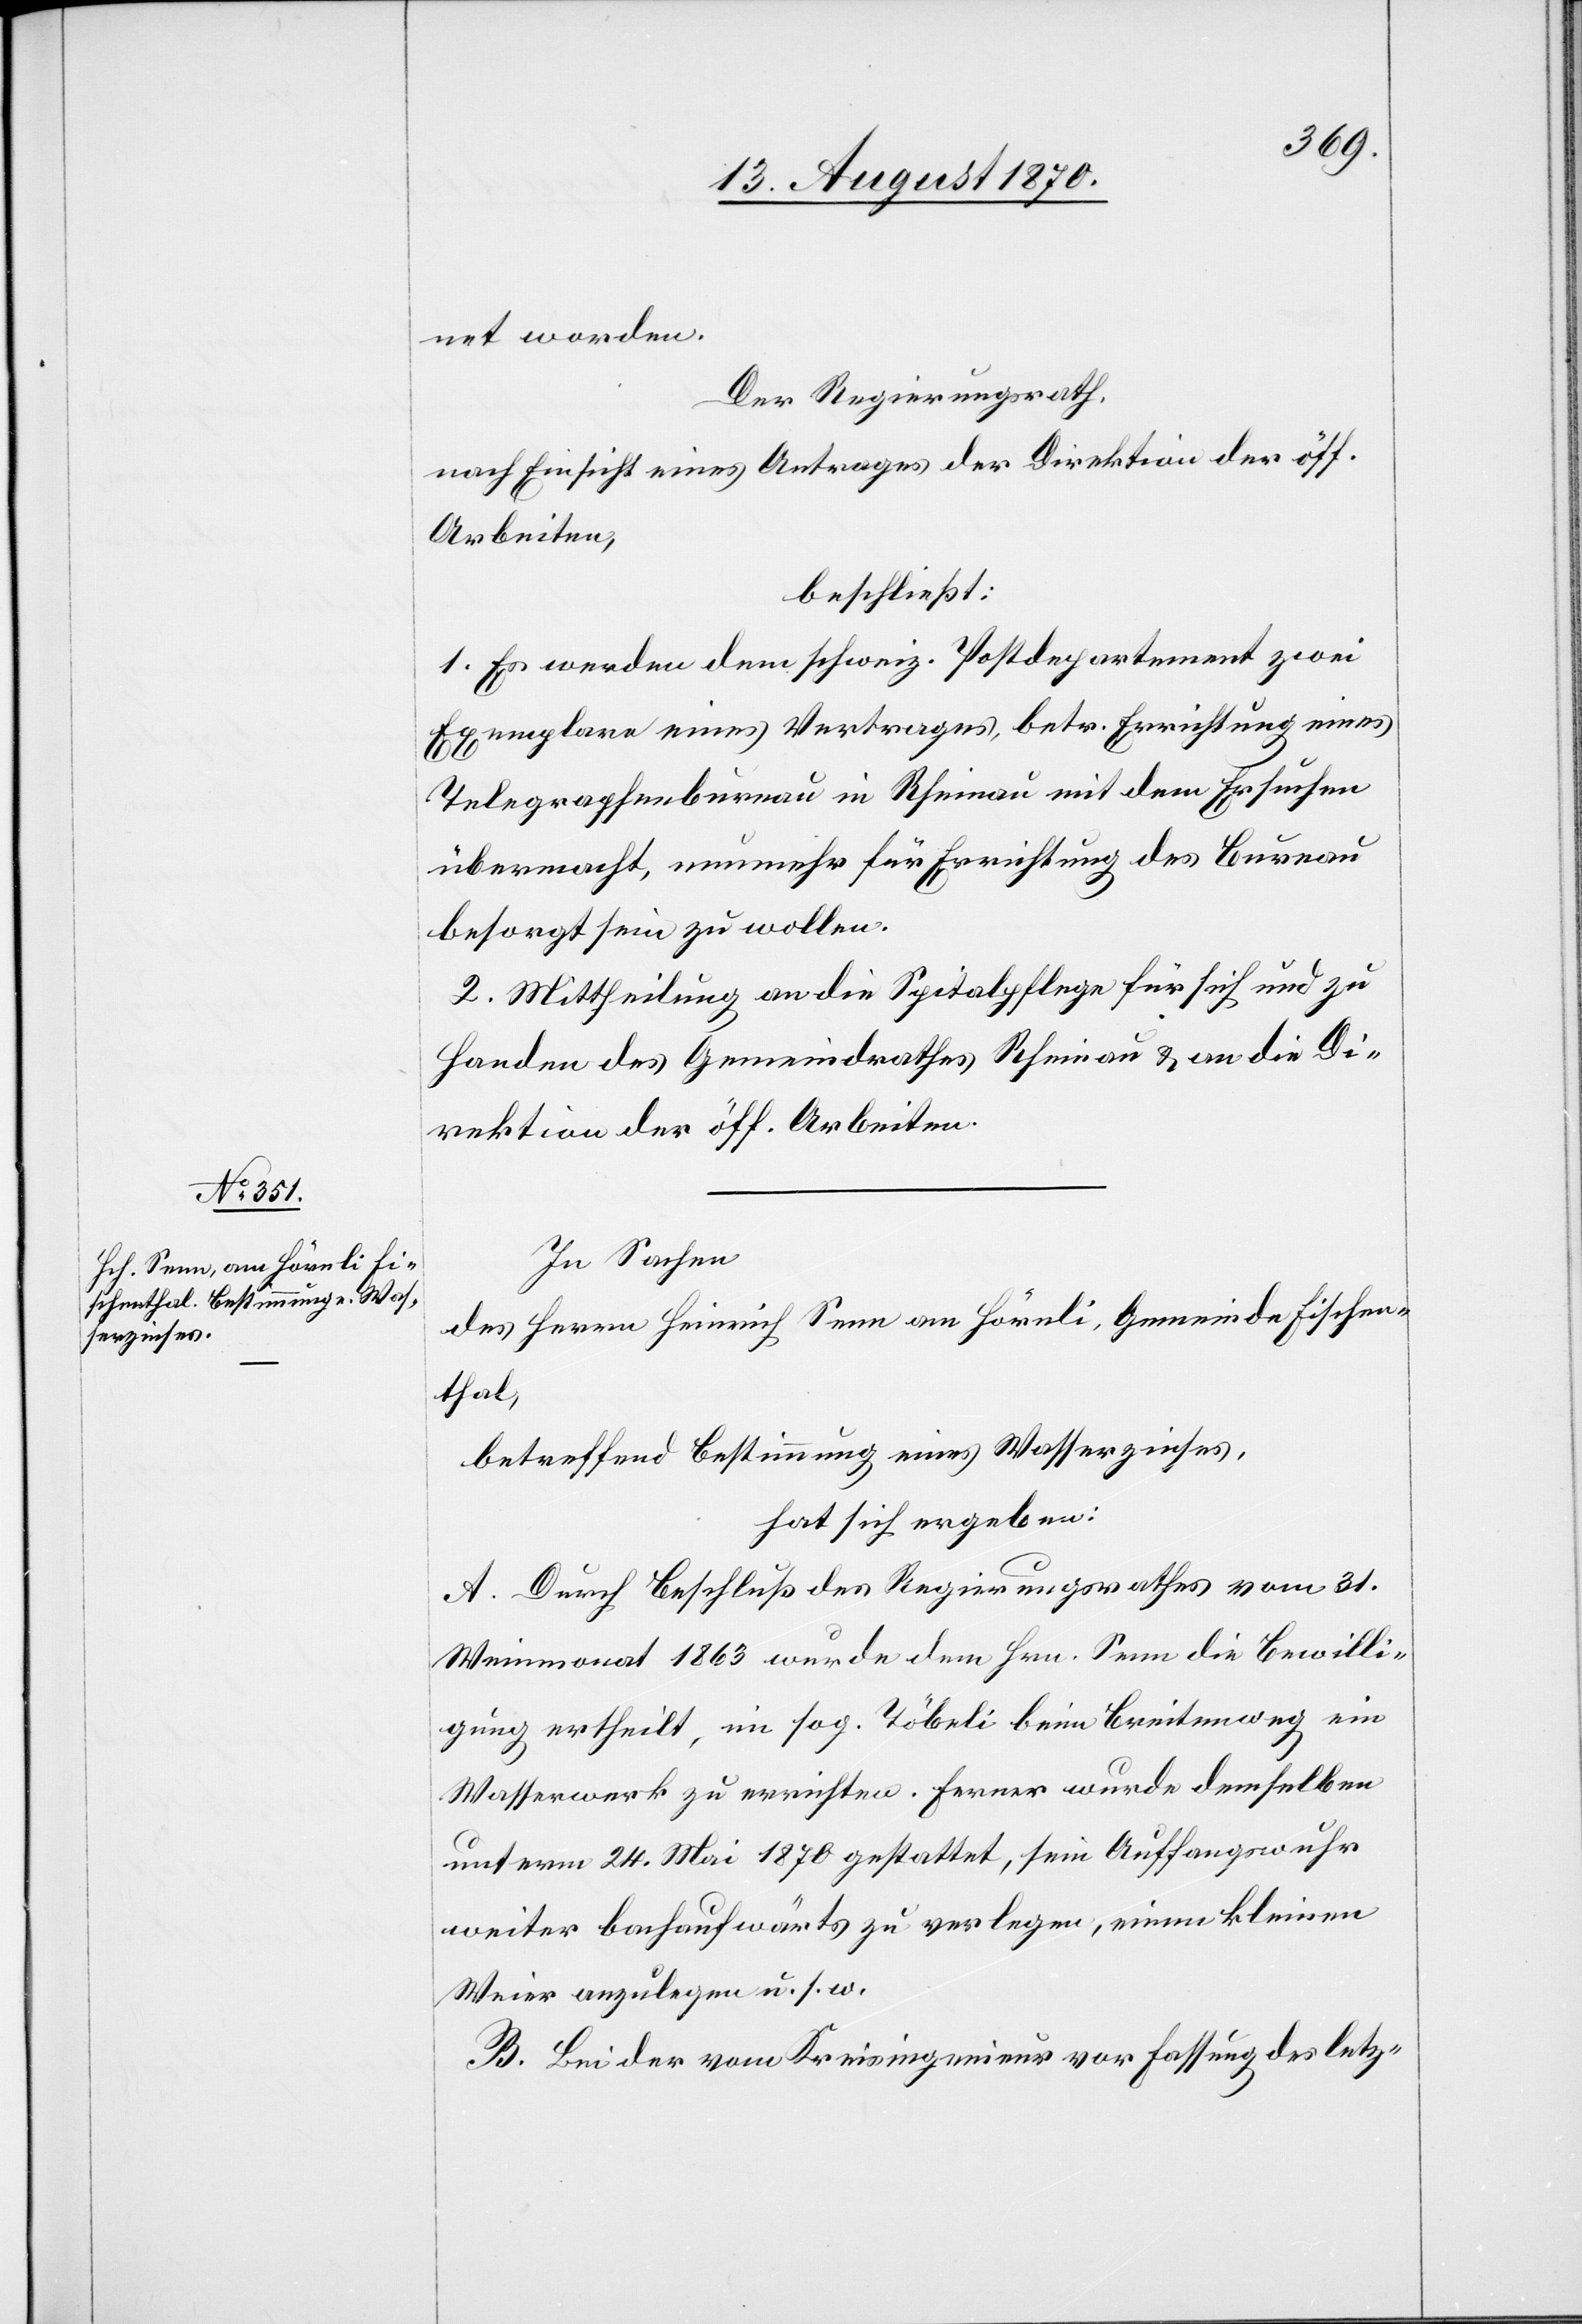
net worden.
Der Regierungsrath,
nach Einsicht eines Antrages der Direktion der öff.
Arbeiten,
beschließt:
1. Es werden dem schweiz. Postdepartement zwei
Exemplare eines Vertrages, betr. Errichtung eines
Telegraphenbureau in Rheinau mit dem Ersuchen
übermacht, nunmehr für Errichtung des Bureau
besorgt sein zu wollen.
2. Mittheilung an die Spitalpflege für sich und zu
Handen des Gemeindrathes Rheinau & an die Di¬
rektion der öff. Arbeiten.
In Sachen
des Herrn Heinrich Senn am Hörnli, Gemeinde Fischen¬
thal,
betreffend Bestimmung eines Wasserzinses,
hat sich ergeben:
A. Durch Beschluß des Regierungsrathes vom 31.
Weinmonat 1863 wurde dem Hrn. Senn die Bewilli¬
gung ertheilt, im sog. Töbeli beim Breitenweg ein
Wasserwerk zu errichten. Ferner wurde demselben
unterm 24. Mai 1870 gestattet, sein Auffangswuhr
weiter bachaufwärts zu verlegen, einen kleinen
Weier anzulegen u. s. w.
B. Bei der vom Kreisingenieur vor Fassung des letz-